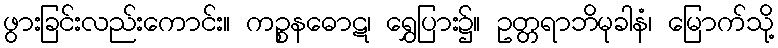
ဖွားခြင်းလည်းကောင်း။ ကဉ္စနဓောဋ၊ ရွှေပြား၌။ ဥတ္တရာဘိမုခါနံ၊ မြောက်သို့